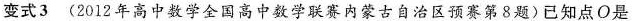
变式3(2012年高中数学全国高中数学联赛内蒙古自治区预赛第8题)已知点O